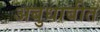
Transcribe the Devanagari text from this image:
अबुधाबीत